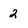
Character: 2